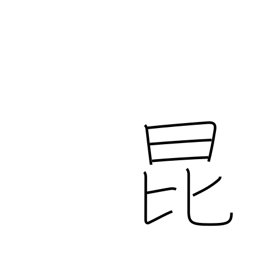
Meaning: insect